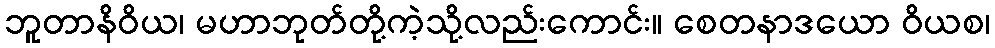
ဘူတာနိဝိယ၊ မဟာဘုတ်တို့ကဲ့သို့လည်းကောင်း။ စေတနာဒယော ဝိယစ၊